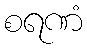
စရဏံ